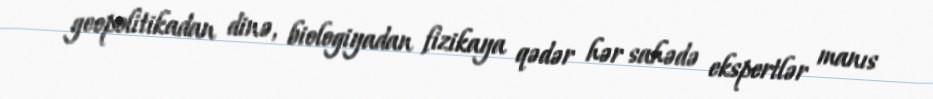
geopolitikadan dinə, biologiyadan fizikaya qədər hər sahədə ekspertlər manıs